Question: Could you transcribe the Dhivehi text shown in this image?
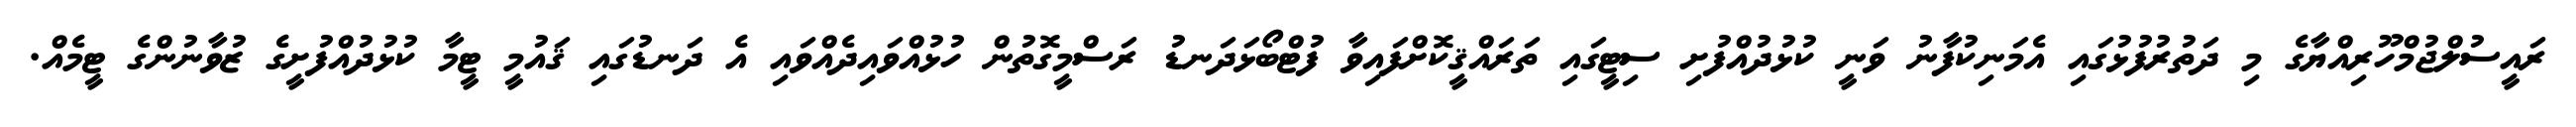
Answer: ރައީސުލްޖުމްހޫރިއްޔާގެ މި ދަތުރުފުޅުގައި އެމަނިކުފާނު ވަނީ ކުޅުދުއްފުށި ސިޓީގައި ތަރައްޤީކޮށްފައިވާ ފުޓްބޯޅަދަނޑު ރަސްމީގޮތުން ހުޅުއްވައިދެއްވައި އެ ދަނޑުގައި ޤައުމީ ޓީމާ ކުޅުދުއްފުށީގެ ޒުވާނުންގެ ޓީމެއް.